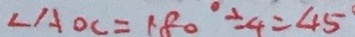
\angle A O C = 1 8 0 ^ { \circ } \div 4 = 4 5 ^ { \circ }